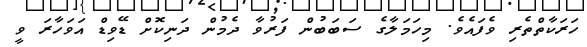
ހަރަކާތްތެރި ވެފައެވެ. މިހަމަލާގެ ސަބަބުން ފަރުވާ ދެމުން ދަނިކޮށް ޑޭވިޑް އަވަހާރަ ވީ